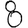
Digit: 8